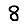
Digit: 8